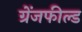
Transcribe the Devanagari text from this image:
ग्रेंजफील्ड